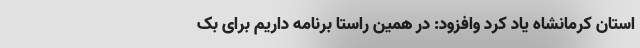
استان کرمانشاه یاد کرد وافزود: در همین راستا برنامه داریم برای بک